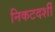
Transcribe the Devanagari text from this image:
निकटदर्शी